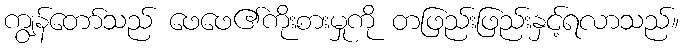
ကျွန်တော်သည် ဖေဖေ၏ကိုးစားမှုကို တဖြည်းဖြည်းနှင့်ရလာသည်။